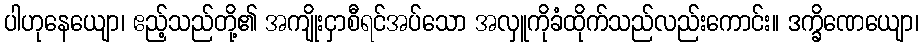
ပါဟုနေယျော၊ ဧည့်သည်တို့၏ အကျိုးငှာစီရင်အပ်သော အလှူကိုခံထိုက်သည်လည်းကောင်း။ ဒက္ခိဏေယျော၊